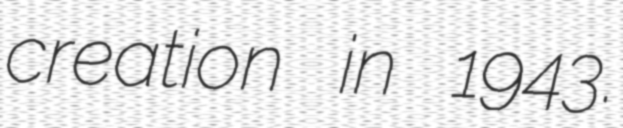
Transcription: creation in 1943.